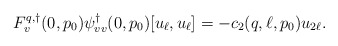
\begin{align*}F^{q,\dagger}_v(0,p_0)\psi^\dagger_{vv}(0,p_0)[u_\ell,u_\ell] = -c_2(q,\ell,p_0)u_{2\ell}.\end{align*}